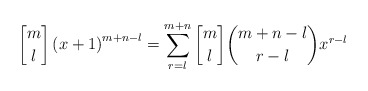
\begin{align*} {m \brack l} \left( x+1 \right)^{m+n-l} = \sum_{r=l}^{m+n}{{m \brack l}{m+n-l \choose r-l}}x^{r-l} \end{align*}